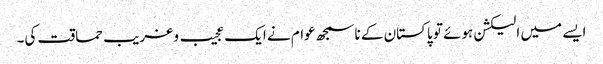
ایسے میں الیکشن ہوئے تو پاکستان کے ناسمجھ عوام نے ایک عجیب و غریب حماقت کی۔